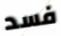
فسد